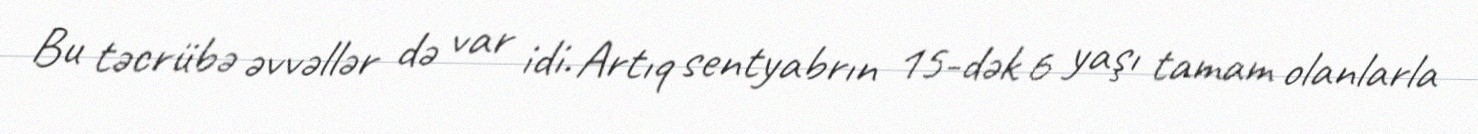
Bu təcrübə əvvəllər də var idi. Artıq sentyabrın 15-dək 6 yaşı tamam olanlarla